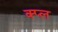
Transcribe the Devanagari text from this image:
क्प्ल